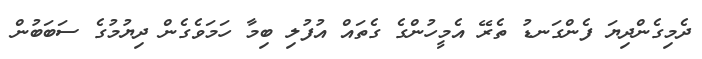
ދެމިގެންދިޔަ ފެންގަނޑު ތެރޭ އެމީހުންގެ ގެތައް އުފުލި ބިމާ ހަމަވެގެން ދިޔުމުގެ ސަބަބުން